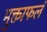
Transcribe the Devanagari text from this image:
मुक्ताफलं